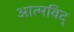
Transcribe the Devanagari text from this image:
आत्मविद्